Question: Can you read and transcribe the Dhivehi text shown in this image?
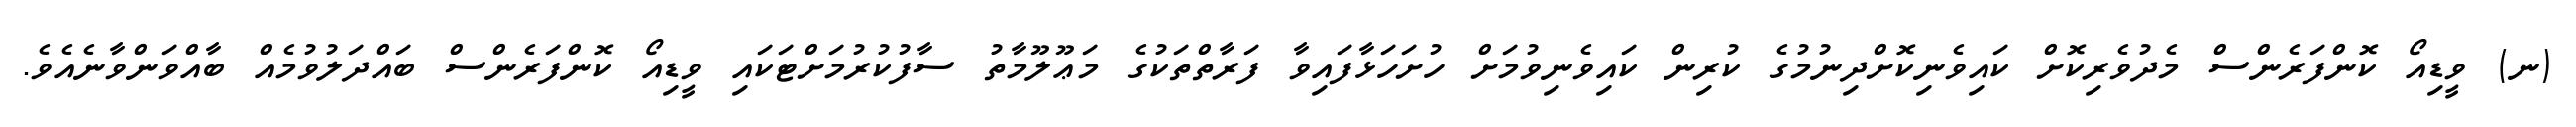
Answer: (ނ) ވީޑިއޯ ކޮންފަރެންސް މެދުވެރިކޮށް ކައިވެނިކޮށްދިނުމުގެ ކުރިން ކައިވެނިވުމަށް ހުށަހަޅާފައިވާ ފަރާތްތަކުގެ މަޢޫލޫމާތު ސާފުކުރުމަށްޓަކައި ވީޑިއޯ ކޮންފަރެންސް ބައްދަލުވުމެއް ބާއްވަންވާނެއެވެ.